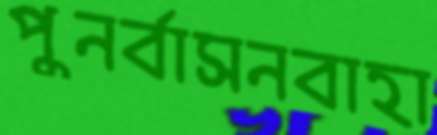
পুনর্বাসনবাহা